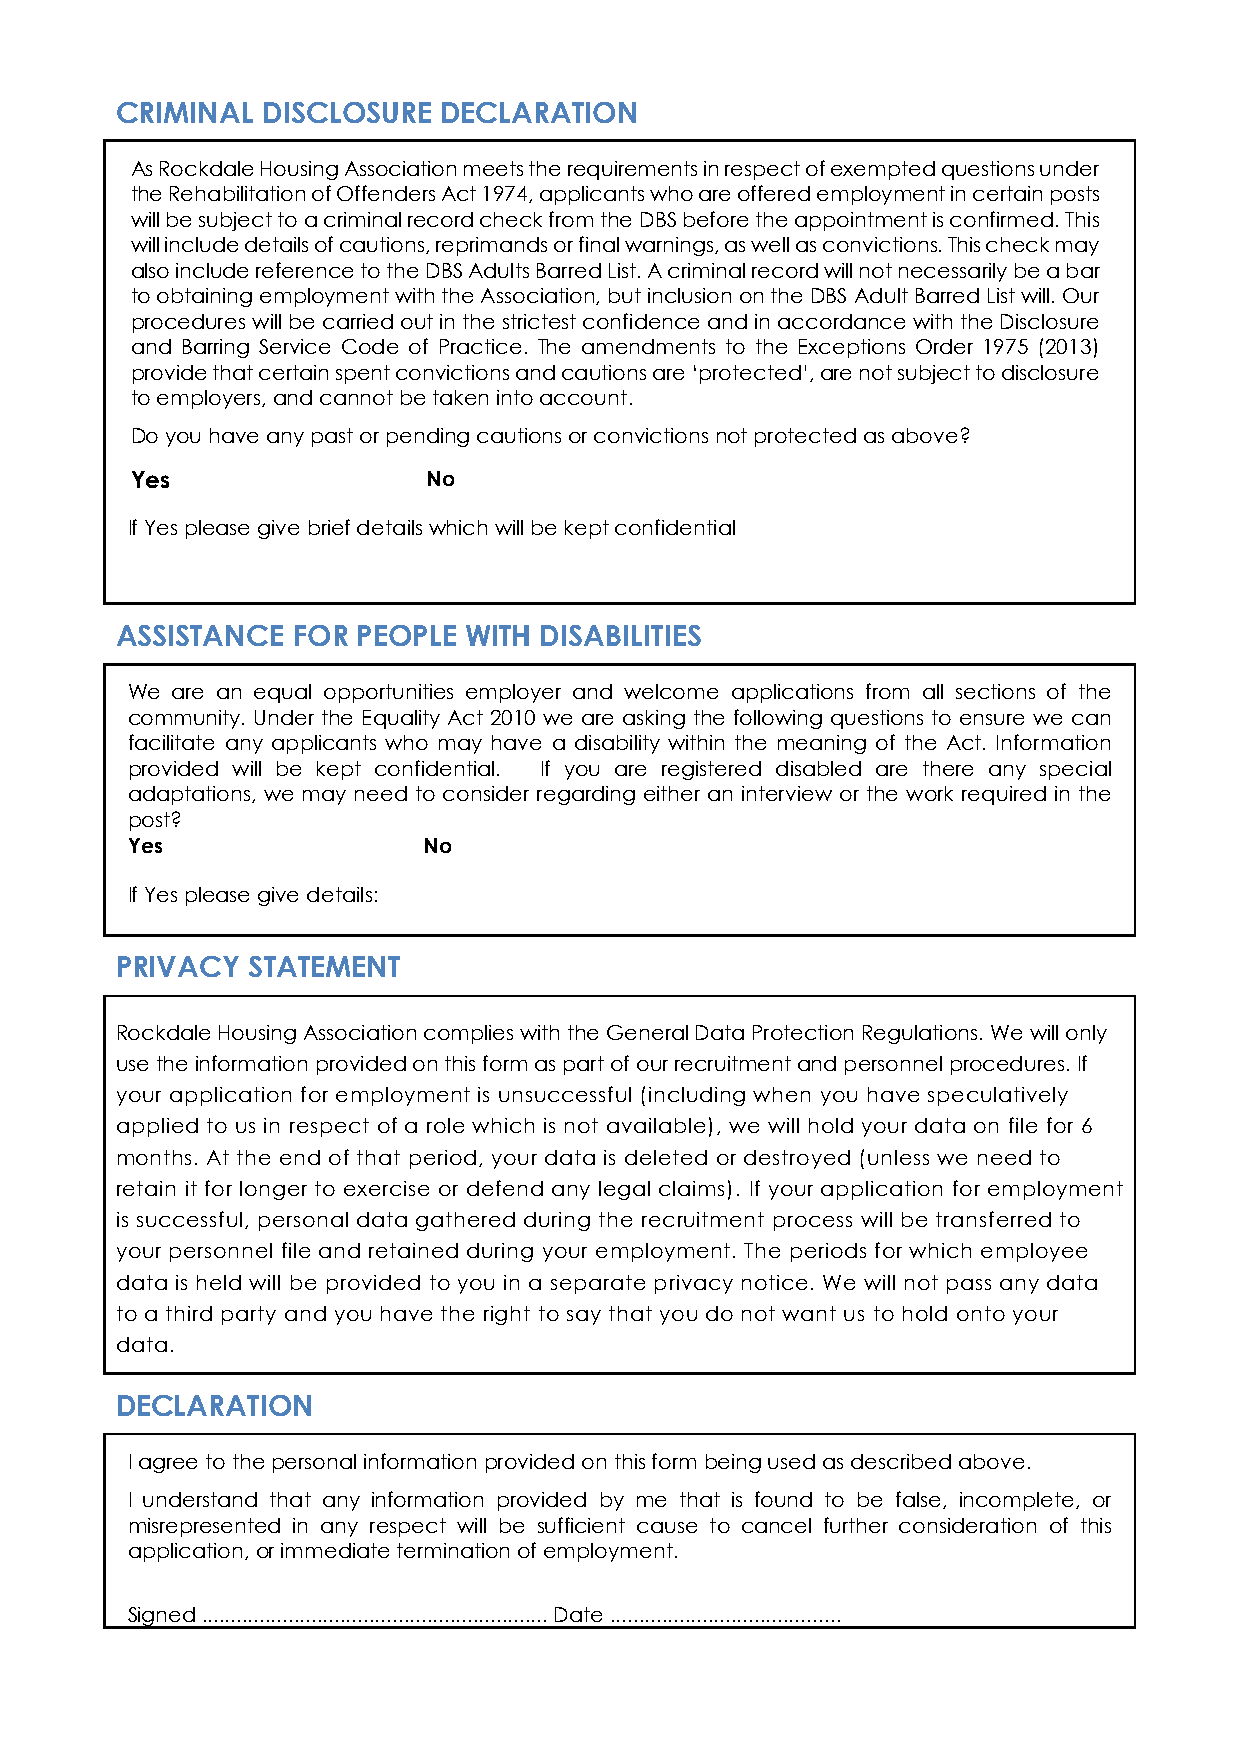
CRIMINAL DISCLOSURE  DECLARATION
 As Rockdale Housing Association meets the requirements in respect of exempted questions under
 the Rehabilitation of Offenders Act 1974, applicants who are offered employment in certain posts
 will be subject to a criminal record check from the DBS before the appointment is confirmed. This
 will include details of cautions, reprimands or final warnings, as well as convictions. This check may
 also include reference to the DBS Adults Barred List. A criminal record will not necessarily be a bar
 to obtaining employment with the Association, but inclusion on the DBS Adult Barred List will. Our
 procedures will be carried out in the strictest confidence and in accordance with the Disclosure
 and Barring Service Code of Practice. The amendments to the Exceptions Order 1975 (2013)
 provide that certain spent convictions and cautions are ‘protected’, are not subject to disclosure
 to employers, and cannot be taken into account.
 Do you have any past or pending cautions or convictions not protected as above?
 Yes                No
 If Yes please give brief details which will be kept confidential
 ASSISTANCE FOR  PEOPLE WITH DISABILITIES
 We are an equal opportunities employer and welcome applications from all sections of the
 community. Under the Equality Act 2010 we are asking the following questions to ensure we can
 facilitate any applicants who may have a disability within the meaning of the Act. Information
 provided will be kept confidential. If you are registered disabled are there any special
 adaptations, we may need to consider regarding either an interview or the work required in the
 post?
 Yes                 No
 If Yes please give details:
 PRIVACY STATEMENT
 Rockdale Housing Association complies with the General Data Protection Regulations. We will only
 use the information provided on this form as part of our recruitment and personnel procedures. If
 your application for employment is unsuccessful (including when you have speculatively
 applied to us in respect of a role which is not available), we will hold your data on file for 6
 months. At the end of that period, your data is deleted or destroyed (unless we need to
 retain it for longer to exercise or defend any legal claims). If your application for employment
 is successful, personal data gathered during the recruitment process will be transferred to
 your personnel file and retained during your employment. The periods for which employee
 data is held will be provided to you in a separate privacy notice. We will not pass any data
 to a third party and you have the right to say that you do not want us to hold onto your
 data.
 DECLARATION
 I agree to the personal information provided on this form being used as described above.
 I understand that any information provided by me that is found to be false, incomplete, or
 misrepresented in any respect will be sufficient cause to cancel further consideration of this
 application, or immediate termination of employment.
 Signed ............................................................ Date ........................................